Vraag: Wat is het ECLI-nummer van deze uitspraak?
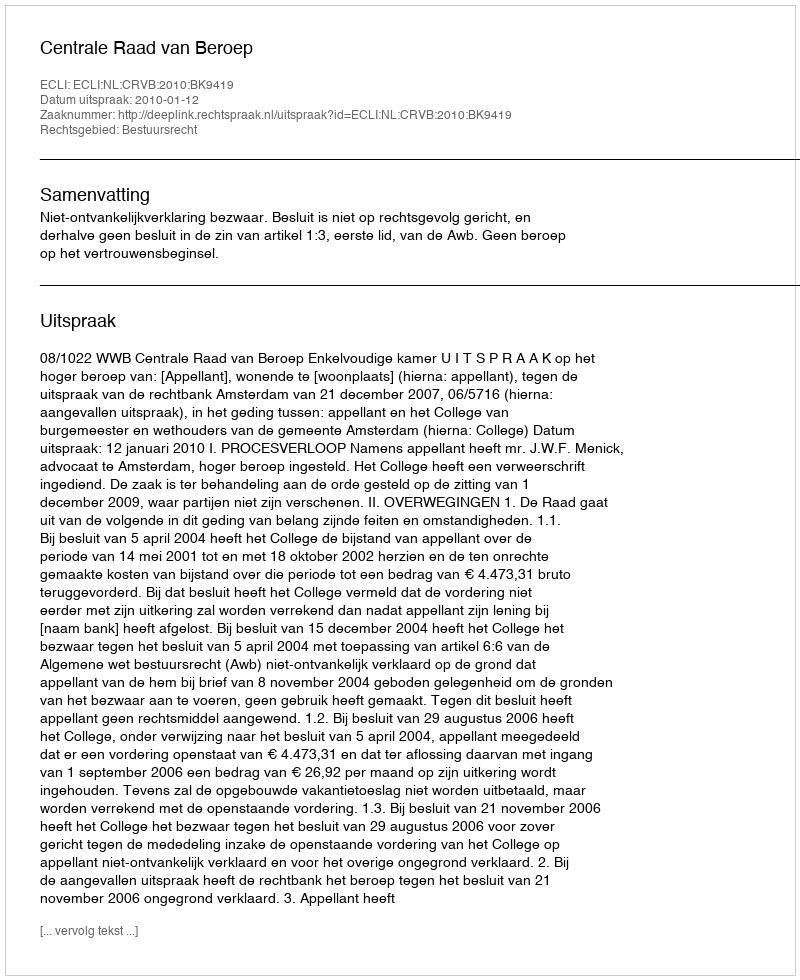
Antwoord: ECLI:NL:CRVB:2010:BK9419